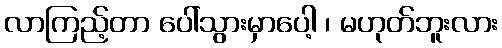
လာကြည့်တာ ပေါ်သွားမှာပေါ့ ၊ မဟုတ်ဘူးလား